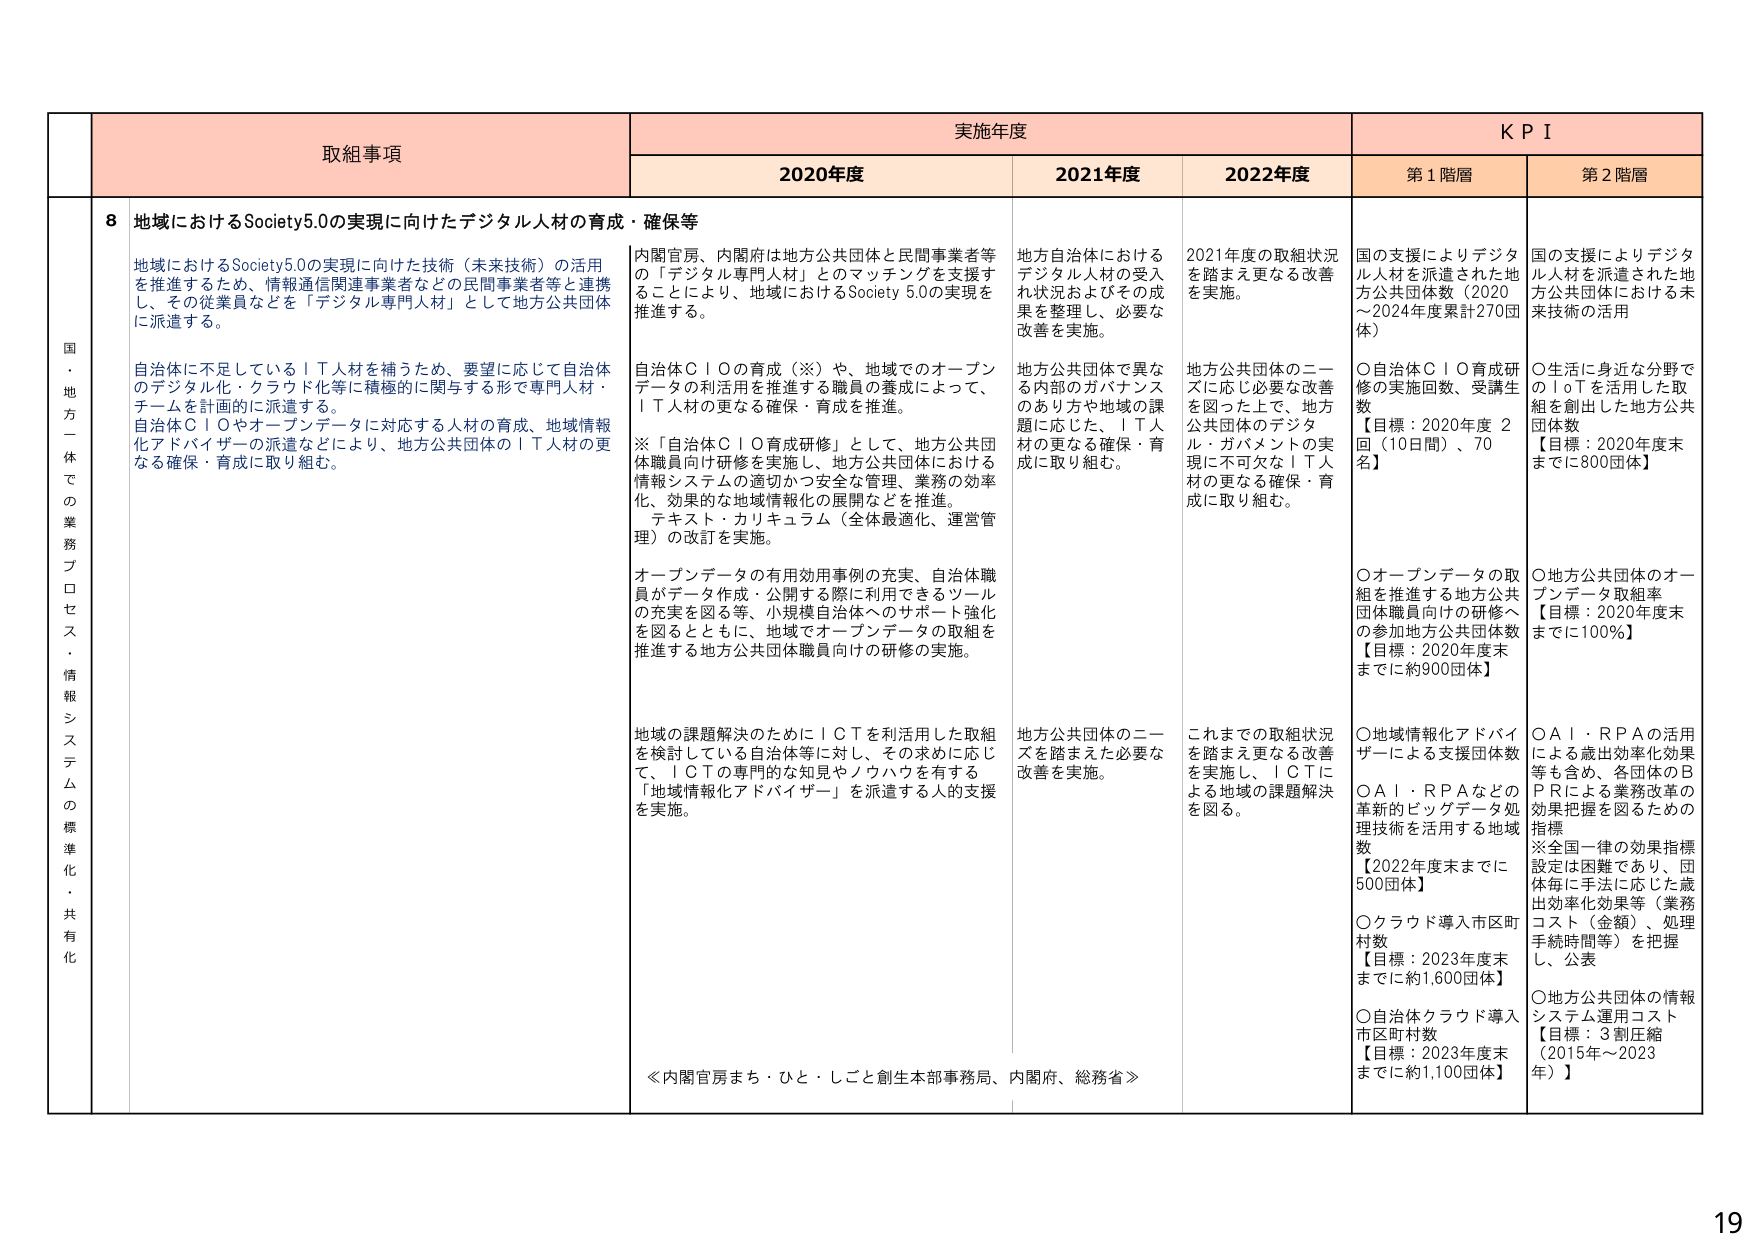
国・地方一体での業務プロセス・情報システムの標準化・共有化

取組事項

実施年度

KPI

2020年度

2021年度

2022年度

第1階層

第2階層

8 地域におけるSociety5.0の実現に向けたデジタル人材の育成・確保等

地域におけるSociety5.0の実現に向けた技術（未来技術）の活用を推進するため、情報通信関連事業者など（民間事業者等）と連携し、その従業員などを「デジタル専門人材」として地方公共団体に派遣する。

自治体に不足しているＩＴ人材を補うため、要望に応じて自治体のデジタル化・クラウド化等に積極的に関与する形で専門人材・チームを計画的に派遣する。

自治体ＣＩＯやオープンデータに対応する人材の育成、地域情報化アドバイザーの派遣などにより、地方公共団体のＩＴ人材の更なる確保・育成に取り組む。

内閣官房、内閣府は地方公共団体と民間事業者等の「デジタル専門人材」とのマッチングを支援することにより、地域におけるSociety 5.0の実現を推進する。

自治体ＣＩＯの育成（※）や、地域でのオープンデータの利活用を推進する職員の養成によって、ＩＴ人材の更なる確保・育成を推進。

※「自治体ＣＩＯ育成研修」として、地方公共団体職員向け研修を実施し、地方公共団体における情報システムの適切かつ安全な管理、業務の効率化、効果的な地域情報化の展開などを推進。

テキスト・カリキュラム（全体最適化、運営管理）の改訂を実施。

オープンデータの有用効用事例の充実、自治体職員がデータ作成・公開する際に利用できるツールの充実を図る等、小規模自治体へのサポート強化を図るとともに、地域でオープンデータの取組を推進する地方公共団体職員向けの研修の実施。

地域の課題解決のためにＩＣＴを利活用した取組を検討している自治体等に対し、その求めに応じて、ＩＣＴの専門的な知見やノウハウを有する「地域情報化アドバイザー」を派遣する人的支援を実施。

地方自治体におけるデジタル人材の受入れ状況およびその成果を整理し、必要な改善を実施。

地方公共団体で異なる内部のガバナンスのあり方や地域の課題に応じた、ＩＴ人材の更なる確保・育成に取り組む。

これまでの取組状況を踏まえ更なる改善を実施し、ＩＣＴによる地域の課題解決を図る。

国のお支えによりデジタル人材を派遣された地方公共団体数（2020～2024年度累計270団体）

○自治体ＣＩＯ育成研修の実施回数、受講生数【目標：2020年度 2回（10日間）、70名】

○オープンデータの取組を推進する地方公共団体職員向けの研修への参加地方公共団体数【目標：2020年度末までに約900団体】

○地域情報化アドバイザーによる支援団体数

○ＡＩ・ＲＰＡなどの革新的ビッグデータ処理技術を活用する地域数【2022年度末までに500団体】

○クラウド導入市区町村数【目標：2023年度末までに約1,600団体】

○自治体クラウド導入市区町村数【目標：2023年度末までに約1,100団体】

国のお支えによりデジタル人材を派遣された地方公共団体における未来技術の活用

○生活に身近な分野でのＩｏＴを活用した取組を創出した地方公共団体数【目標：2020年度末までに800団体】

○地方公共団体のオープンデータ取組率【目標：2020年度末までに100％】

○ＡＩ・ＲＰＡの活用による歳出効率化効果等も含め、各団体のＢＰＲによる業務改革の効果把握を図るための指標※全国一律の効果指標設定は困難であり、団体毎に手法に応じた歳出効率化効果等（業務コスト（金額）、処理手続時間等）を把握し、公表

○地方公共団体の情報システム運用コスト【目標：3割圧縮（2015年～2023年）】

≪内閣官房まち・ひと・しごと創生本部事務局、内閣府、総務省≫

19